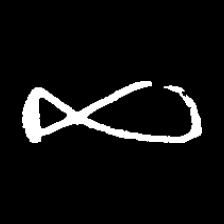
Pyu character \u2014 Myanmar letter: ဆ (romanized: cha)